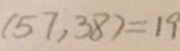
( 5 7 , 3 8 ) = 1 9